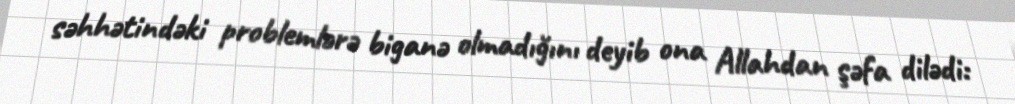
səhhətindəki problemlərə biganə olmadığını deyib ona Allahdan şəfa dilədi: